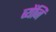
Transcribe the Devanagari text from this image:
ब्येंजि